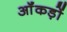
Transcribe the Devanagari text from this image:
ऑंकड़ों